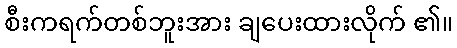
စီးကရက်တစ်ဘူးအား ချပေးထားလိုက် ၏။